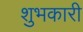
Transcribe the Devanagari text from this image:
शुभकारी